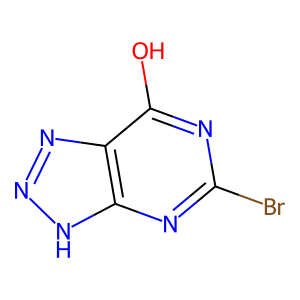
SMILES: Oc1nc(Br)nc2[nH]nnc12
Inhibits HIV replication: No